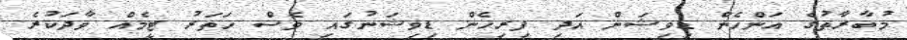
މުބާރާތުގެ އަންހެން ޑިވިޝަން އަދި ފިރިހެން ޑިވިޝަނުގައި ވެސް ހަތަރު ޓީމެއް ވާދަކުރެ